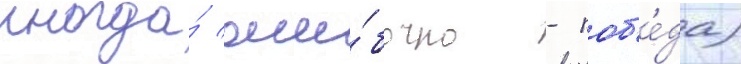
иногда́ оши́бочно - поб'е́да)